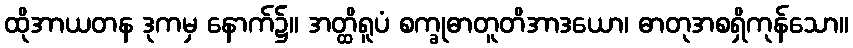
ထိုအာယတန ဒုကမှ နောက်၌။ အတ္ထိရူပံ စက္ခုဓာတူတိအာဒယော၊ ဓာတုအစရှိကုန်သော။